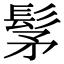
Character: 髳